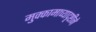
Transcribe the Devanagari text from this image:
मुक्कामाच्यादृष्टीने